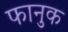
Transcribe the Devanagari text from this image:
फानुक